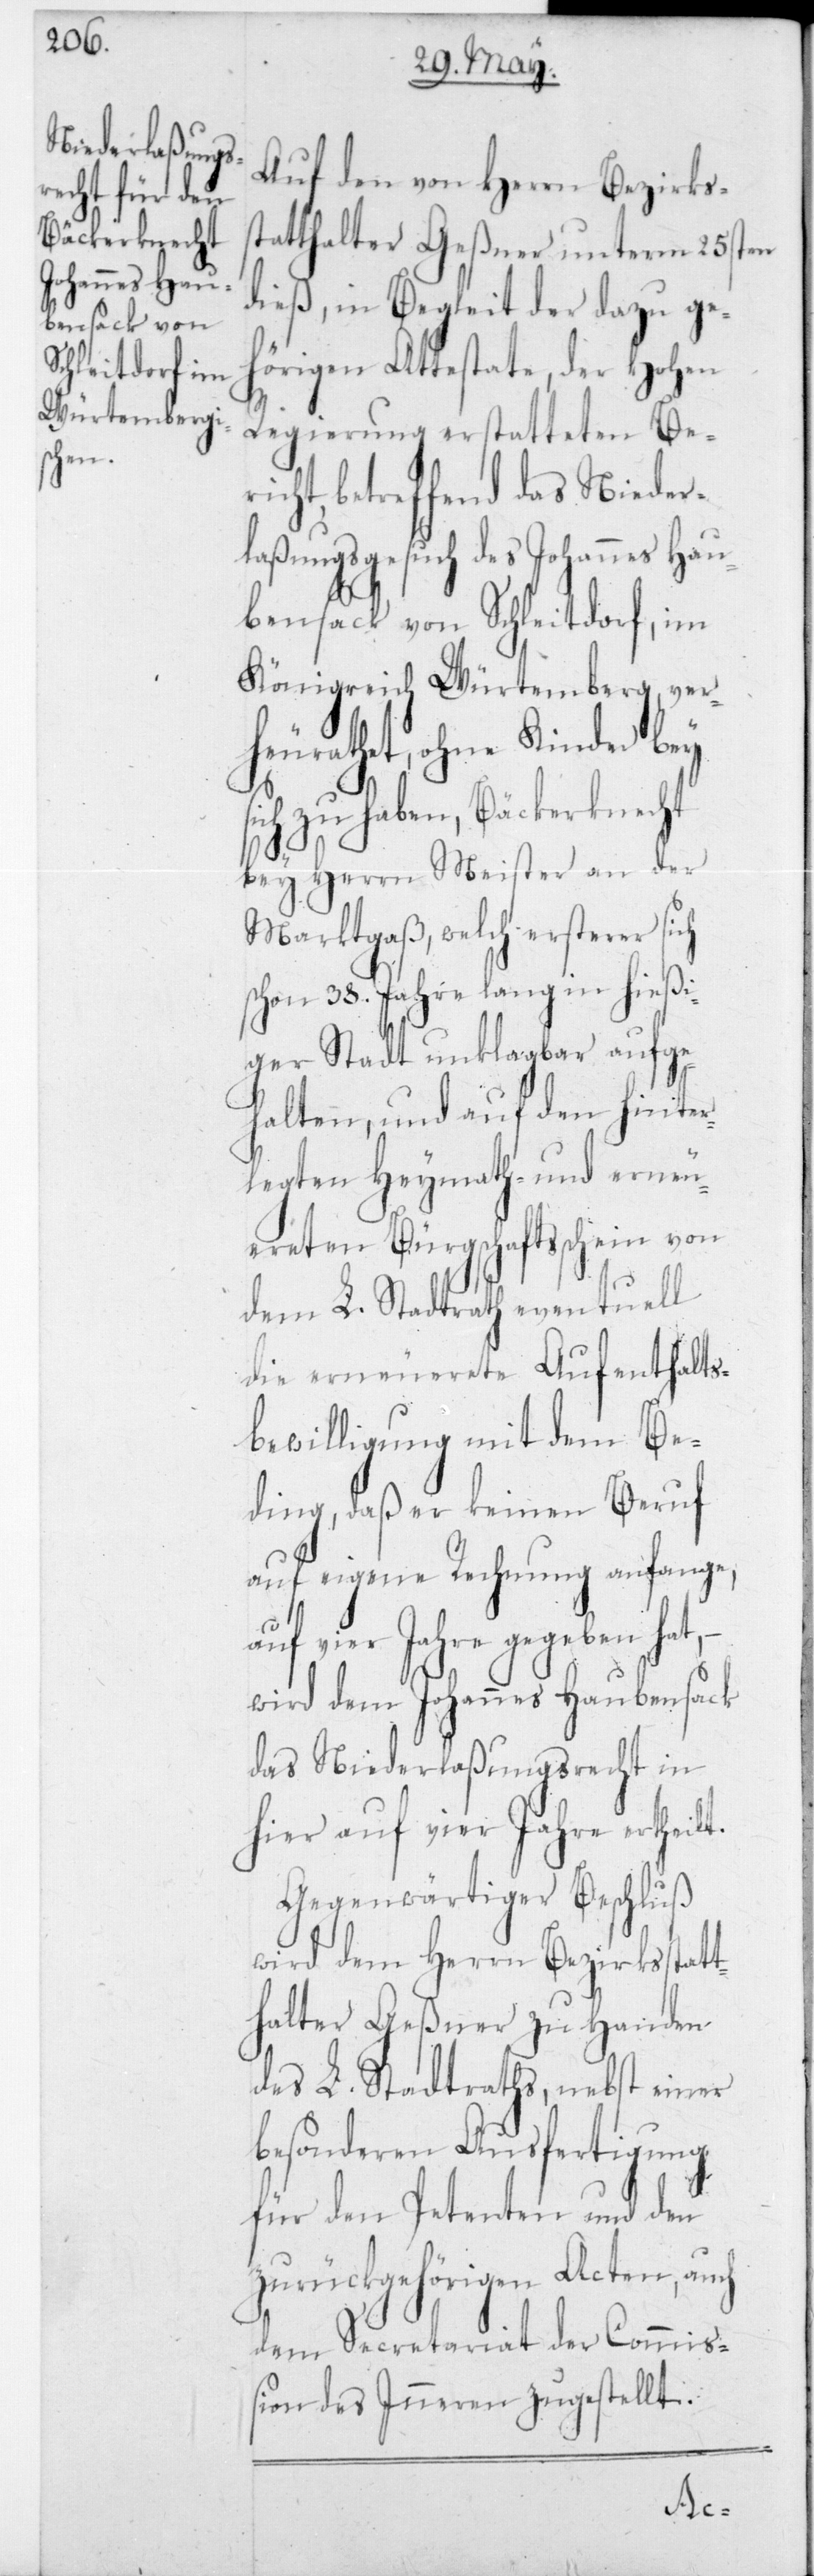
Auf den von Herrn Bezirks¬
statthalter Geßner unterm 25sten
dieß, in Begleit der dazu ge¬
hörigen Attestate der Hohen
Regierung erstatteten Ber¬
icht, betreffend das Nieder¬
laßungsgesuch des Johannes Hau¬
bensack von Schleitdorf, im
Königreich Würtemberg, ver¬
heurathet, ohne Kinder bey
sich zu haben, Bäckerknecht
bey Herrn Meister an der
Marktgaß, welch ersterer sich
schon 38 Jahre lang in hießi¬
ger Stadt unklagbar aufge¬
halten, und auf den hinter¬
legten Heymath- und erneu¬
ereten Bürgschaftsschein von
dem L. Stadtrath eventuell
die erneuerete Aufenthalt¬
ewilligung mit dem Be¬
ding, daß er keinen Beruf
auf eigene Rechnung anfange,
auf vier Jahre gegeben hat,
wird dem Johannes Haubensack
das Niederlaßungsrecht in
hier auf vier Jahre ertheil¬
Gegenwärtiger Beschluß
wird dem Herrn Bezirksstatt¬
halter Geßner zu Handen
des L. Stadtraths, nebst einer
besonderen Ausfertigung
für den Petenten und den
zurückgehörigen Acten, auch
dem Secretariat der Commiß¬
ion des Inneren zugestellt.
t.